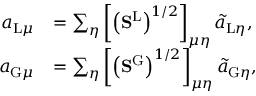
\begin{array} { r l } { a _ { \mathrm { L } \mu } } & { = \sum _ { \eta } \left[ \left( \mathbf { S } ^ { \mathrm { L } } \right) ^ { 1 / 2 } \right] _ { \mu \eta } \tilde { a } _ { \mathrm { L } \eta } , } \\ { a _ { \mathrm { G } \mu } } & { = \sum _ { \eta } \left[ \left( \mathbf { S } ^ { \mathrm { G } } \right) ^ { 1 / 2 } \right] _ { \mu \eta } \tilde { a } _ { \mathrm { G } \eta } , } \end{array}